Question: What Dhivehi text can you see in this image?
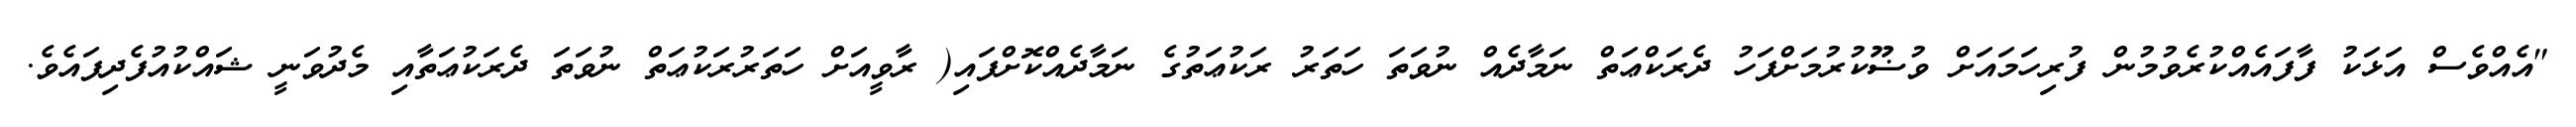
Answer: "އެއްވެސް އަޅަކު ފާފައެއްކުރެވުމުން ފުރިހަމައަށް ވުޟޫކުރުމަށްފަހު ދެރަކްޢަތް ނަމާދެއް ނުވަތަ ހަތަރު ރަކުޢަތުގެ ނަމާދެއްކޮށްފައި( ރާވީއަށް ހަތަރުރަކުޢަތް ނުވަތަ ދެރަކުޢަތާއި މެދުވަނީ ޝައްކުއުފެދިފައެވެ.